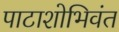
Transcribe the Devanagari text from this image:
पाटाशोभिवंत